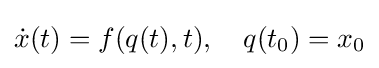
{\dot {x}}(t)=f(q(t),t),\quad q(t_{0})=x_{0}